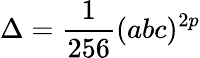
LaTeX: \Delta={\frac{1}{256}}(abc)^{2p}